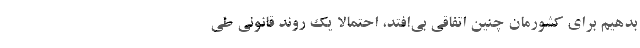
بدهیم برای کشورمان چنین اتفاقی بی‌افتد، احتمالا یک روند قانونی طی